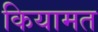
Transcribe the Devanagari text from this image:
कियामत